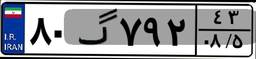
۸۰گ۷۹۲۴۳